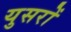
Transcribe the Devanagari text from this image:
युसरों